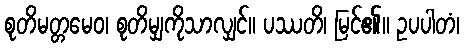
စုတိမတ္တမေဝ၊ စုတိမျှကိုသာလျှင်။ ပဿတိ၊ မြင်၏။ ဥပပါတံ၊